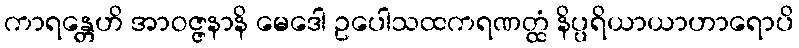
ကာရန္တေဟိ အာဝဇ္ဇနာနိ မေဒေါ ဥပေါသထကရဏတ္ထံ နိပ္ပရိယာယာဟာရောပိ